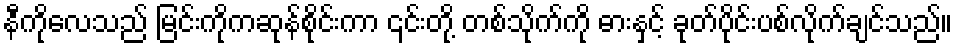
နီကိုလေသည် မြင်းကိုကဆုန်စိုင်းကာ ၎င်းတို့ တစ်သိုက်ကို ဓားနှင့် ခုတ်ပိုင်းပစ်လိုက်ချင်သည်။